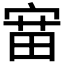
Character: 𫳝